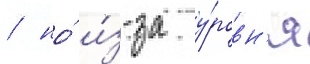
/ но́ и́з-за у́ровн'я